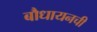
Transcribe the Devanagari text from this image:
बौधायनची